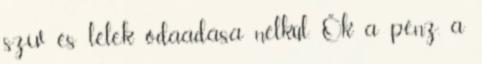
szív és lélek odaadása nélkül. Ők a pénz, a